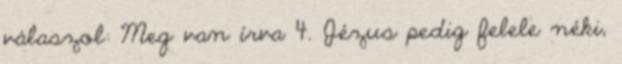
válaszol: Meg van írva 4. Jézus pedig felele néki,